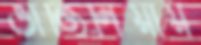
ভার্জিনিয়ায়